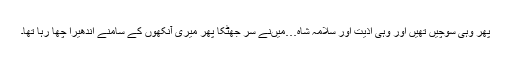
پھر وہی سوچیں تھیں اور وہی اذیت اور سلامہ شاہ…میںنے سر جھٹکا پھر میری آنکھوں کے سامنے اندھیرا چھا رہا تھا۔